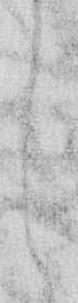
し